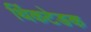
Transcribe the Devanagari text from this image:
थिंकटेङक